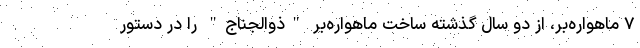
۷ ماهواره‌بر، از دو سال گذشته ساخت ماهواره‌بر "ذوالجناج" را در دستور